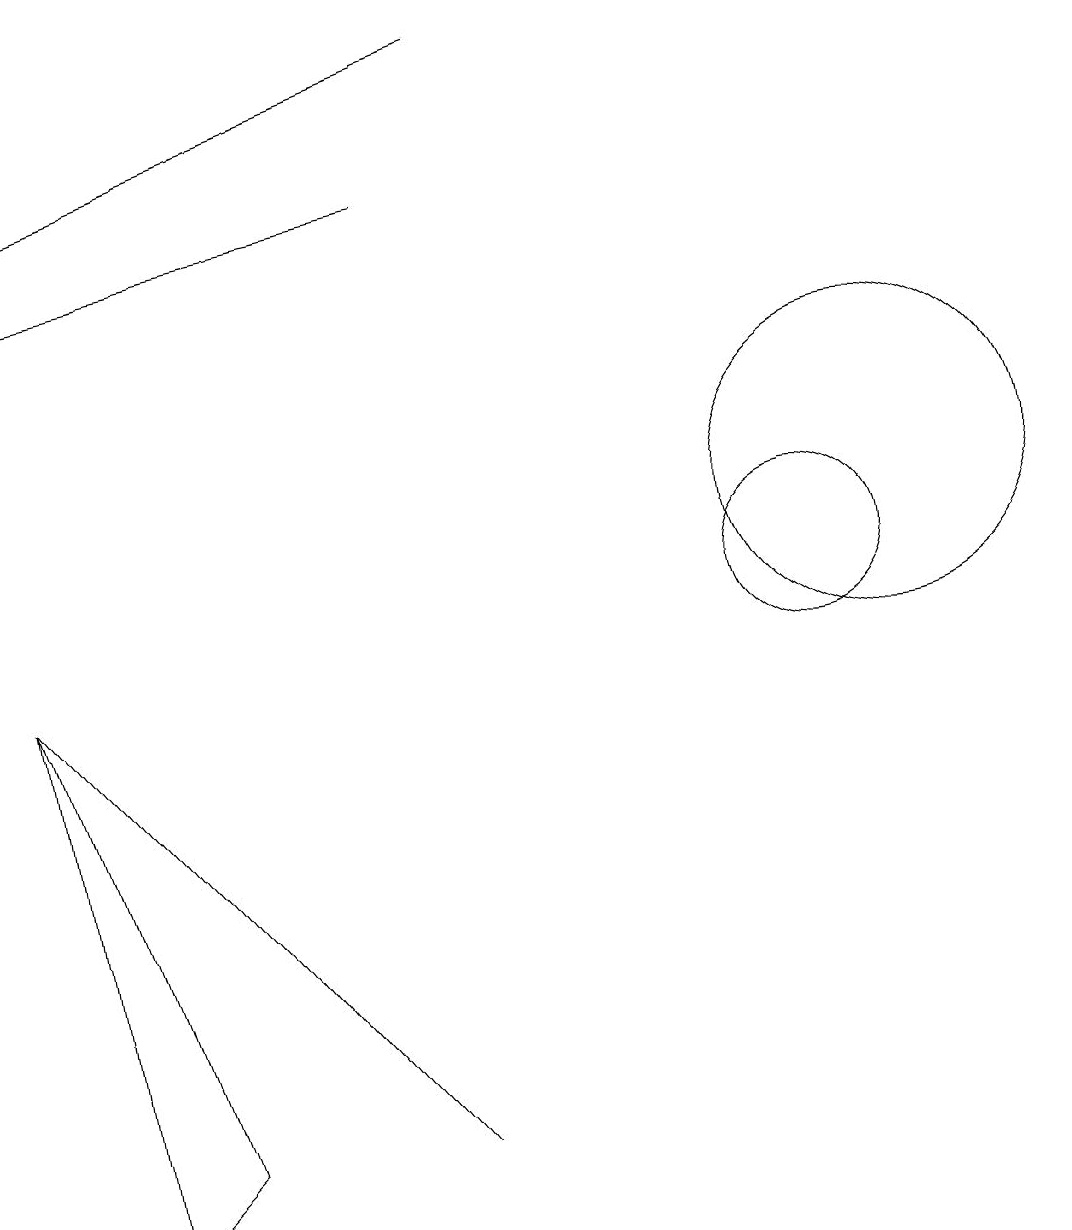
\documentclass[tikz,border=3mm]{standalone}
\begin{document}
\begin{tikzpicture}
\draw[->] (6,15) -- (1,14);
\draw[->] (7,17) -- (1,15);
\draw (1,9) -- (6,3) -- (6,3) -- cycle;
\draw (2,2) -- (1,9) -- (3,3) -- cycle;
\draw (11,10) circle (1);
\draw (12,11) circle (2);
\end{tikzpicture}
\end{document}